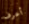
أعرف